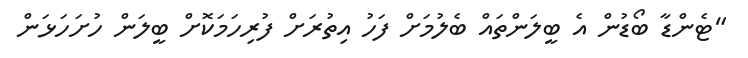
"ޓެންޑާ ބޯޑުން އެ ބީލަންތައް ބެލުމަށް ފަހު އިތުރަށް ފުރިހަމަކޮށް ބީލަން ހުށަހަޅަން